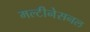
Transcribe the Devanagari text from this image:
मल्टीनेसनल